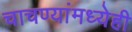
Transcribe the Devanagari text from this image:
चाचण्यांमध्येही